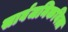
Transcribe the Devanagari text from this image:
सार्वजनिकवित्त